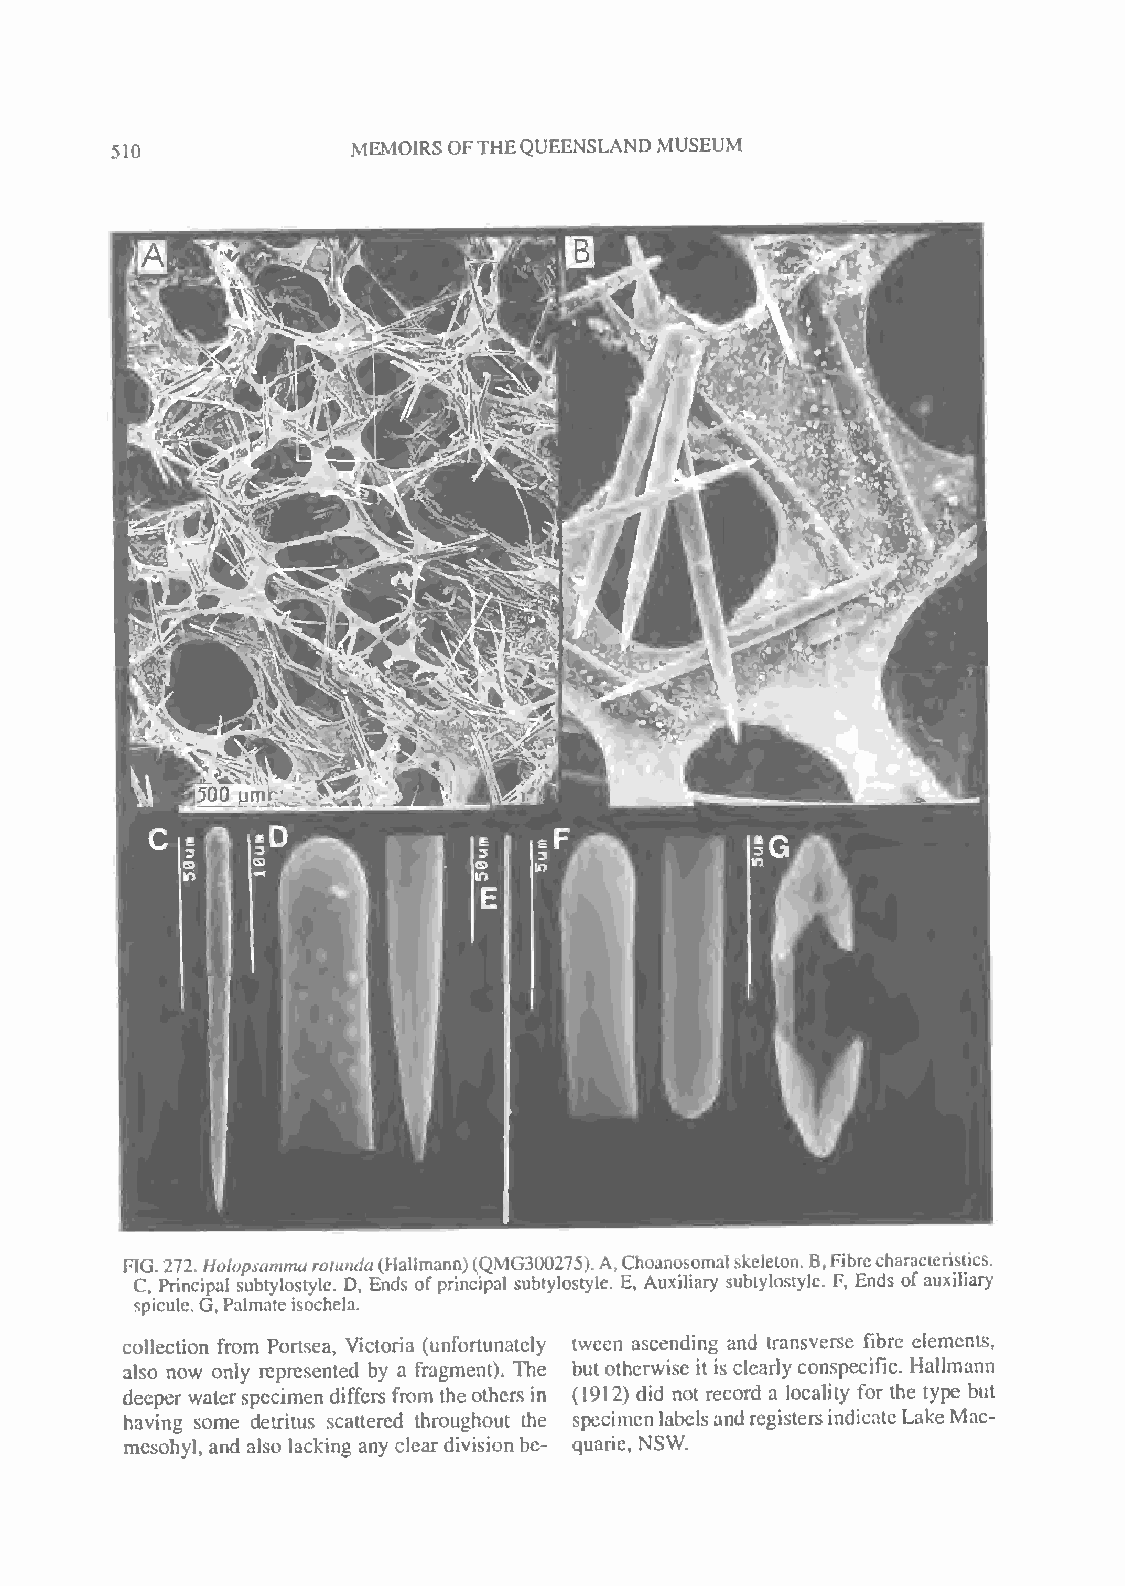
MEMOIRSOFTHEQUEENSLAND MUSEUM
 510
 FIG.272. Hoiopsammarotunda(Hallmann)(QMG300275).A,Choanosomalskeleton.B,Fibrecharacteristics.
 C, Principal subtylostyle. D, Ends ofprincipal subtylostyle. E, Auxiliary subtylostyle. F, Ends ofauxiliary
 spicule.G,Palmateisochela.
 collection from Portsea, Victoria (unfortunately twecn ascending and transverse fibre elements,
 also now only represented by a fragment). The but otherwise it is clearly conspecific. Hallmann
 deeper waterspecimen differs from the others in (1912) did not record a locality for the type but
 having some detritus scattered throughout the specimenlabelsandregistersindicateLake Mac-
 mesohyl, and also lacking any clear division be- quarie, NSW.